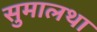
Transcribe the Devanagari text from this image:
सुमालथा